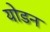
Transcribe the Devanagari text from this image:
योडन